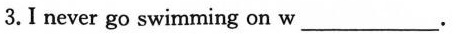
3.I never go swimming on w___ .